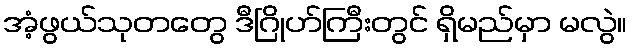
အံ့ဖွယ်သုတတွေ ဒီဂြိုဟ်ကြီးတွင် ရှိမည်မှာ မလွဲ။